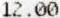
12.00